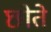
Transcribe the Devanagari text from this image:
छोते